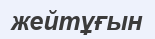
жейтұғын